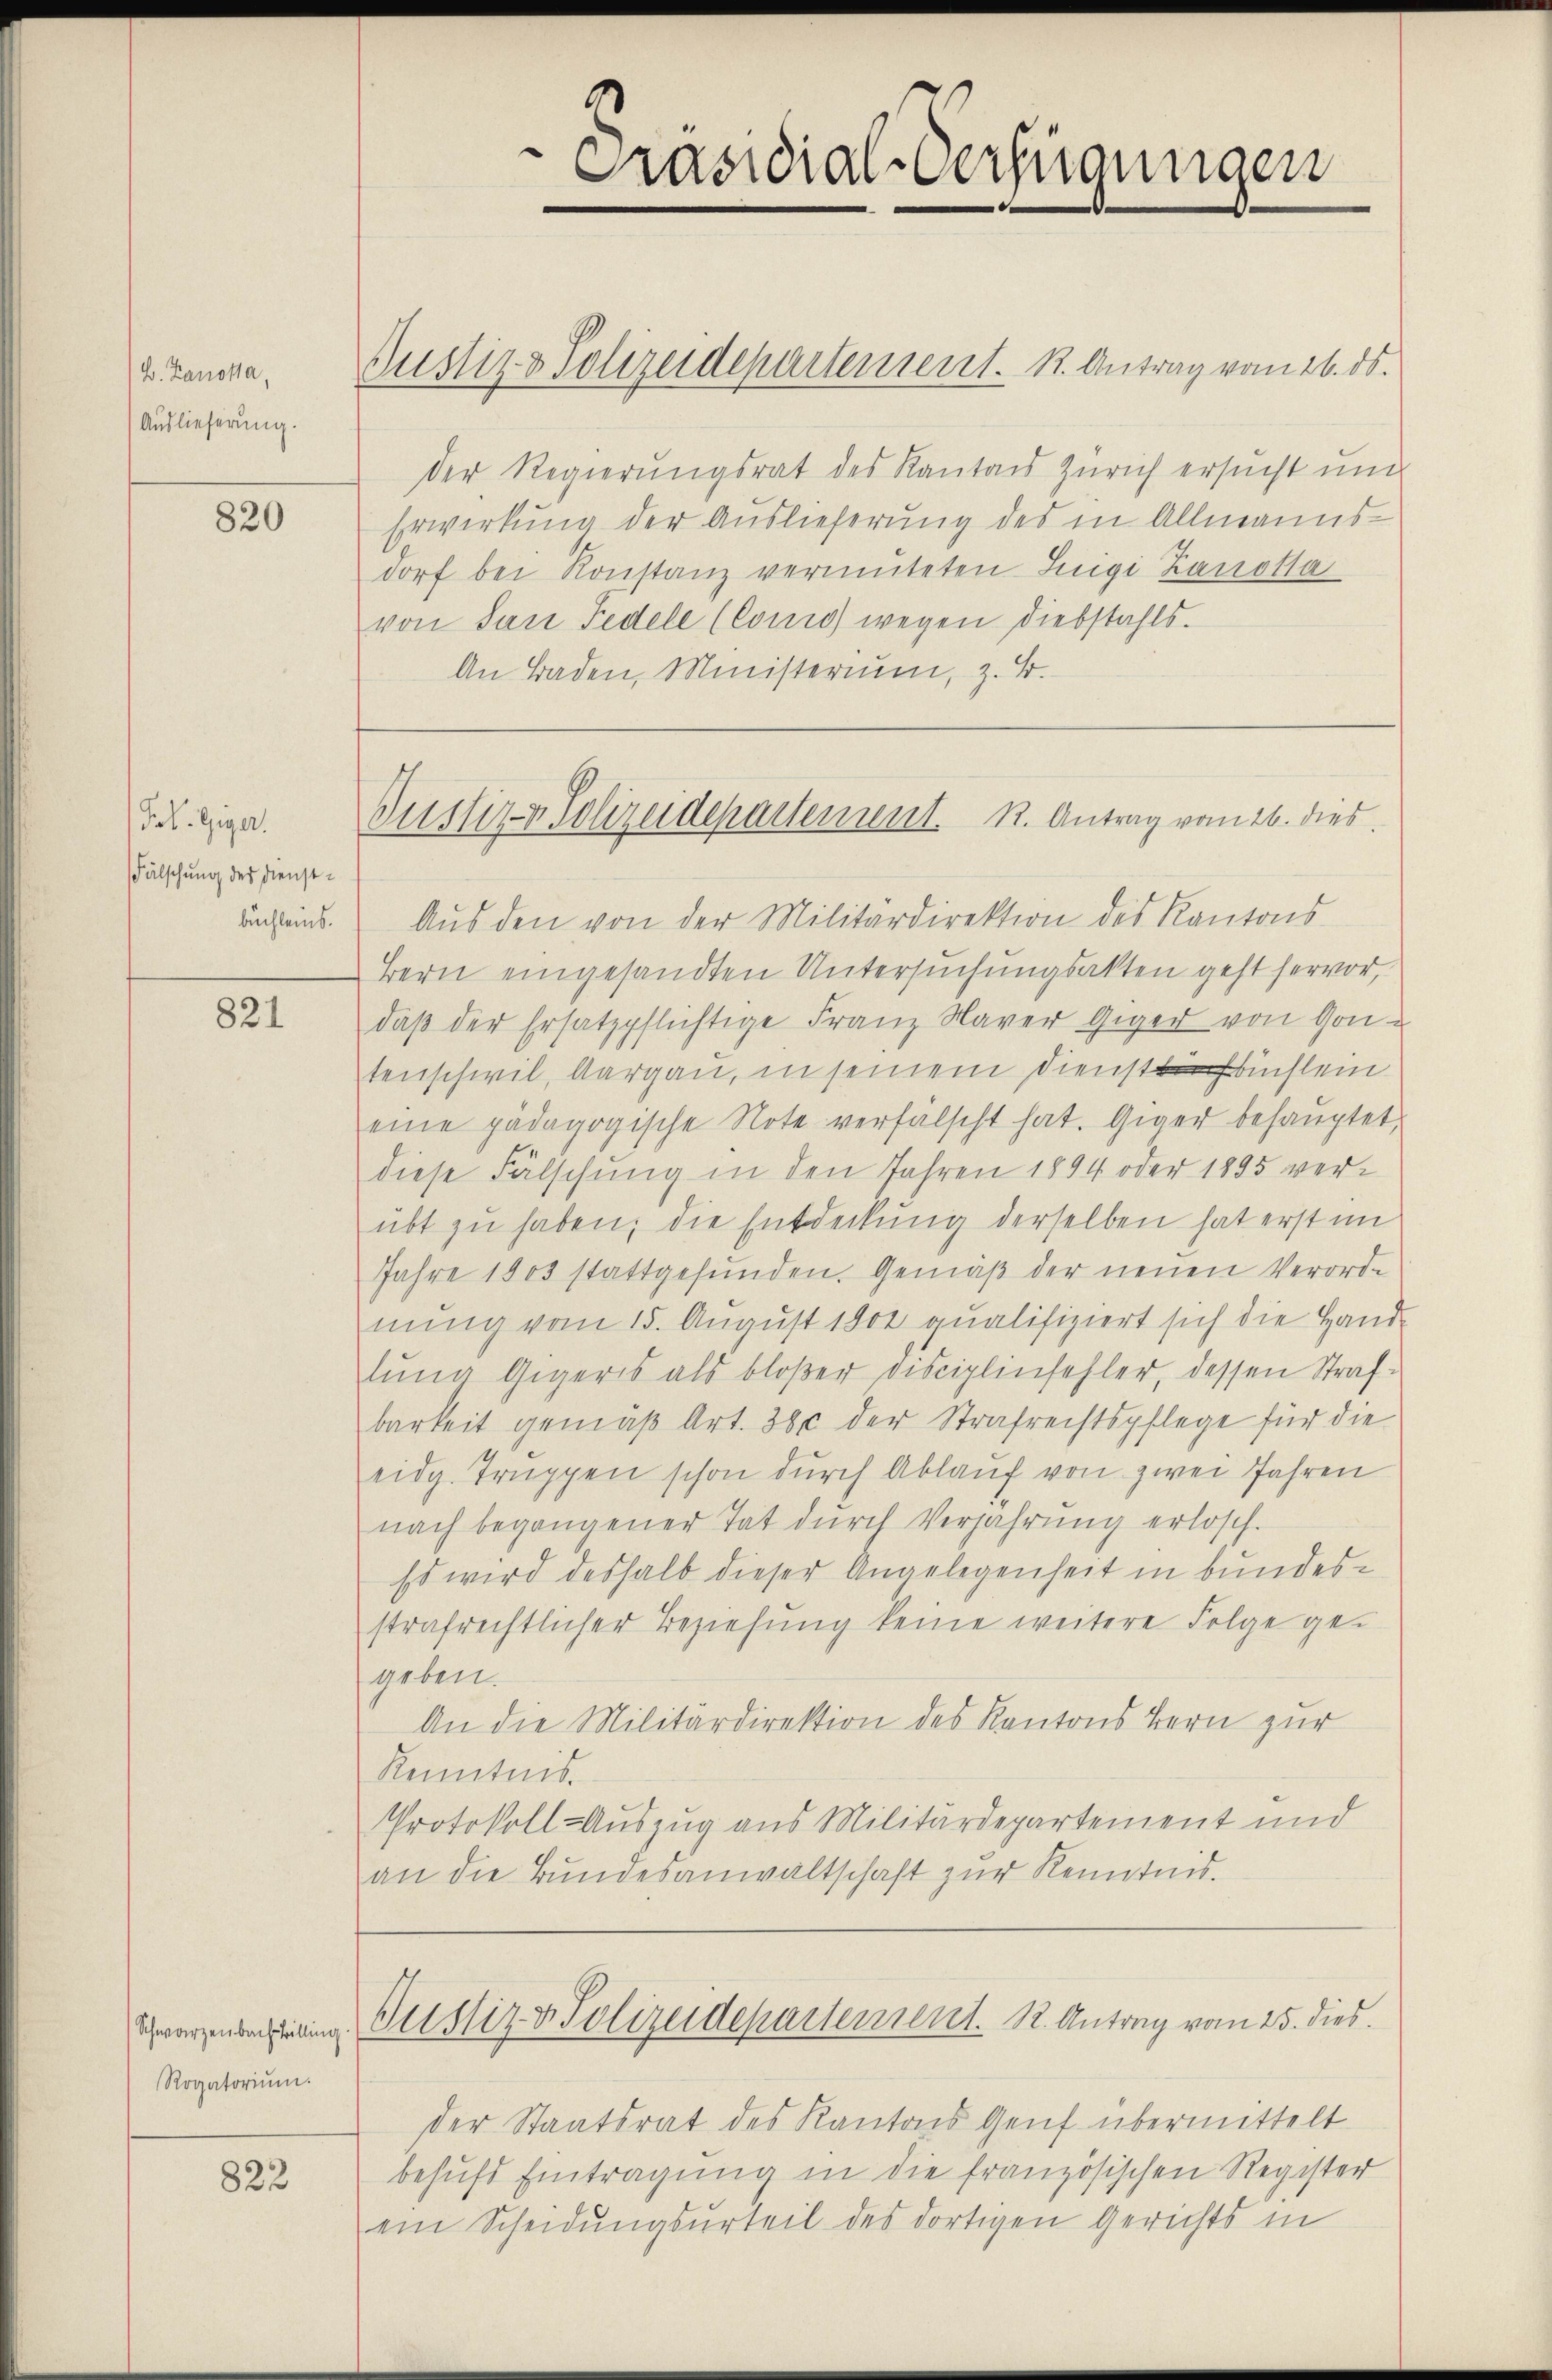
B. Zanotta,
Auslieferung.

820

Frl. Giger.
Fälschung des Dienstbüchleins.

821

Rogatoriŭm.

823

Präsidial-Verfügungen

Justiz & Polizeidepartement. 1. Antrag vom 26. ds.
der Regierungsrat des Kantons Zürich ersucht und
Erwirkung der Auslieferung des in Allmanns-
dorf bei Konstanz vermuteten Luigi Zanotla
von San Fedele (Como wegen Diebstahls.
An Baden, Ministerium, z. B.

Justiz- & Polizeidepartement. R. Antrag vom 26. dies

Aus den von der Militärdirektion des Kantons-
Bern eingesandten Untersuchungsakten geht hervor,
daβ der Ersatzpflüchtige Franz Naver Giger von Gon-
tenschwil, Aargau, in seinem Dienstbuchlein
eine pädagogische Note verfälscht hat. Giger behauptet,
diese Fälschung in den Jahren 1894 oder 1895 ver-
übt zu haben; die Entdeckung derselben hat erst im
Jahre 1803 stattgefŭnden. Gemäβ der neŭen Verord-
nung vom 15. August 1901 qualifiziert sich die Hand-
lung Gigers als bloßer Disciplinfehler, dessen Strafbarkeit gemäβ Art. 38 c der Strafrechtspflege für die
eidg. Truppen schon durch Ablauf von zwei Jahren
nach begangener Tat durch Verjährung erlosch.
Es wird deshalb dieser Angelegenheit in bundesstrafrechtlicher Beziehung keine weitere Folge gegeben.
An die Militärdirektion des Kantons Bern zur
Kenntnis.
Protokoll-Auszug aus Militärdepartement und
an die Bundesanwaltschaft zur Kenntnis.

Schwarzmann Gustiz & Polizeidepartement. 12. Antrag vom 25. dies

der Staatsrat des Kantons Genf übermittelt
behufs Eintragung in die französischen Register
ein Scheidungsurteil des dortigen Gerichts in